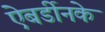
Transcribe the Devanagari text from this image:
ऐबर्डीनके